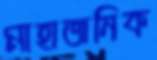
মাহাজনিক